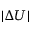
| \Delta U |